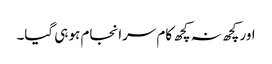
اور کچھ نہ کچھ کام سرانجام ہو ہی گیا۔